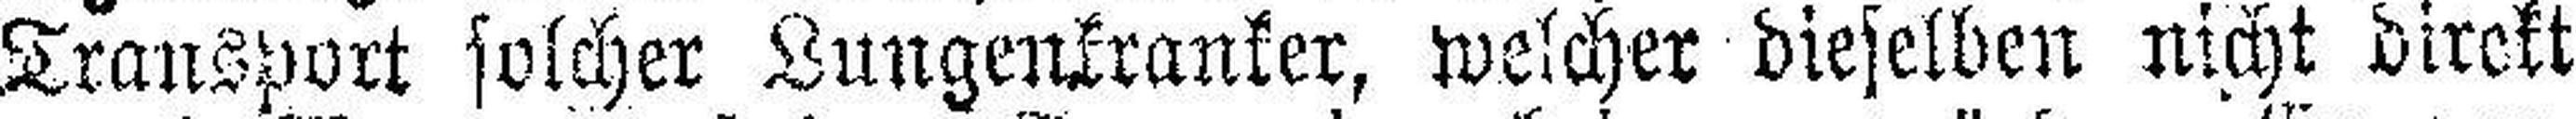
Transport solcher Lungenkranker, welcher dieselben nicht direkt